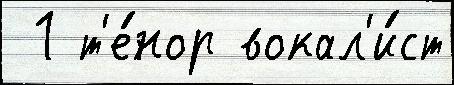
 1 т'е́нор вокал'и́ст